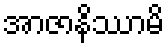
အာဇာနိဿာမိ